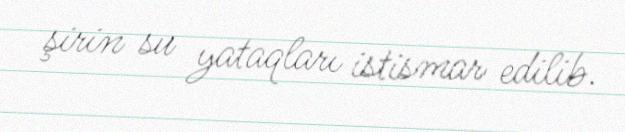
şirin su yataqları istismar edilib.